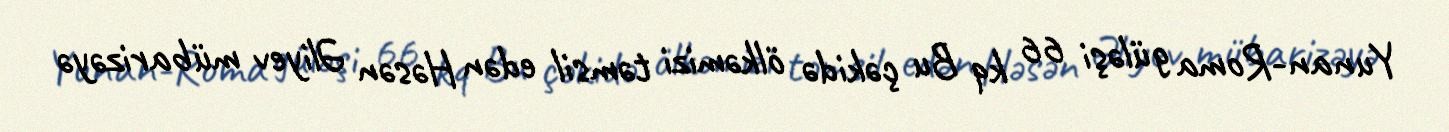
Yunan-Roma güləşi 66 kq Bu çəkidə ölkəmizi təmsil edən Həsən Əliyev mübarizəyə